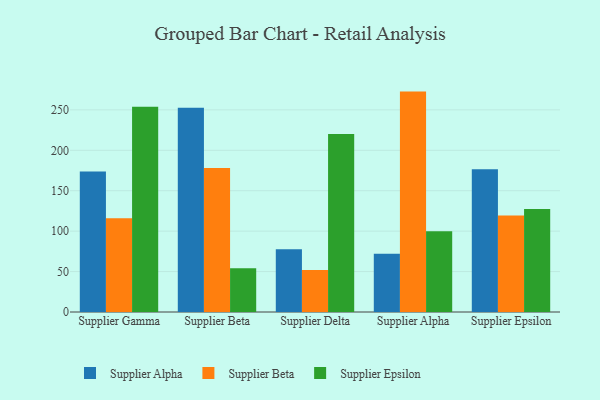
{"axis": {"x": "Supplier", "y": "LTV (USD)"}, "legend": ["Supplier Alpha", "Supplier Beta", "Supplier Epsilon"], "data": [{"x": "Supplier Gamma", "y": 173.9, "type": "Supplier Alpha"}, {"x": "Supplier Gamma", "y": 115.8, "type": "Supplier Beta"}, {"x": "Supplier Gamma", "y": 253.9, "type": "Supplier Epsilon"}, {"x": "Supplier Beta", "y": 252.6, "type": "Supplier Alpha"}, {"x": "Supplier Beta", "y": 178.0, "type": "Supplier Beta"}, {"x": "Supplier Beta", "y": 54.2, "type": "Supplier Epsilon"}, {"x": "Supplier Delta", "y": 77.6, "type": "Supplier Alpha"}, {"x": "Supplier Delta", "y": 52.0, "type": "Supplier Beta"}, {"x": "Supplier Delta", "y": 220.2, "type": "Supplier Epsilon"}, {"x": "Supplier Alpha", "y": 72.0, "type": "Supplier Alpha"}, {"x": "Supplier Alpha", "y": 272.6, "type": "Supplier Beta"}, {"x": "Supplier Alpha", "y": 99.9, "type": "Supplier Epsilon"}, {"x": "Supplier Epsilon", "y": 176.5, "type": "Supplier Alpha"}, {"x": "Supplier Epsilon", "y": 119.4, "type": "Supplier Beta"}, {"x": "Supplier Epsilon", "y": 127.4, "type": "Supplier Epsilon"}]}